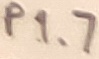
Text: P1.7